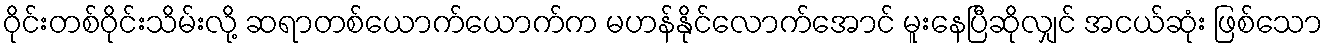
ဝိုင်းတစ်ဝိုင်းသိမ်းလို့ ဆရာတစ်ယောက်ယောက်က မဟန်နိုင်လောက်အောင် မူးနေပြီဆိုလျှင် အငယ်ဆုံး ဖြစ်သော